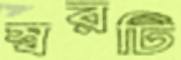
স্বরটি